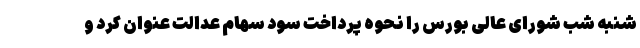
شنبه شب شورای عالی بورس را نحوه پرداخت سود سهام عدالت عنوان کرد و